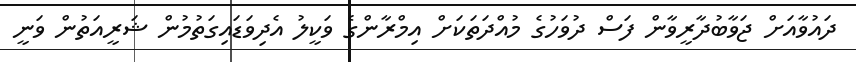
ދައުވާއަށް ޖަވާބުދާރީވާން ފަސް ދުވަހުގެ މުއްދަތަކަށް އިމްރާންގެ ވަކީލު އެދިވަޑައިގަތުމުން ޝަރީއަތުން ވަނީ